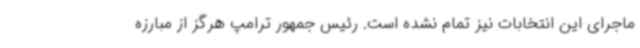
ماجرای این انتخابات نیز تمام نشده است. رئیس جمهور ترامپ هرگز از مبارزه